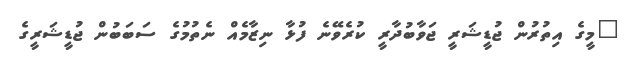
"މީގެ އިތުރުން ޖުޑީޝަރީ ޖަވާބުދާރީ ކުރެވޭނެ ފުޅާ ނިޒާމެއް ނެތުމުގެ ސަބަބުން ޖުޑީޝަރީގެ